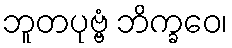
ဘူတပုဗ္ဗံ ဘိက္ခဝေ၊